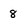
Character: 8